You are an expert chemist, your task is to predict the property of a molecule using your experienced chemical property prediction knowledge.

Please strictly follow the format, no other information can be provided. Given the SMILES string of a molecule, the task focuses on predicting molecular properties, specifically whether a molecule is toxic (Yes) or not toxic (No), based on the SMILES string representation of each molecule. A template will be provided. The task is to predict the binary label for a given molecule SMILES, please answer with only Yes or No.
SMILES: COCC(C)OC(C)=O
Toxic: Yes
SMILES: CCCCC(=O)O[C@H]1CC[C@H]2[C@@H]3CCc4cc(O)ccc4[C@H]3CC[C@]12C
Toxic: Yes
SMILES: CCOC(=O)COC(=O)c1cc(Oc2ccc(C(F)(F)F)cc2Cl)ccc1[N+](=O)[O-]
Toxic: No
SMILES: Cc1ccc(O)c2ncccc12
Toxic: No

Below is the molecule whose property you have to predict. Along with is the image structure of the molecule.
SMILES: CCCCCC[n+]1ccccc1.F[B-](F)(F)F
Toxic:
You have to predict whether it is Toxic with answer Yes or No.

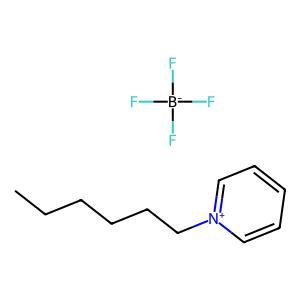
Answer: No